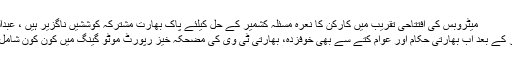
میٹروبس کی افتتاحی تقریب میں کارکن کا نعرہ مسئلہ کشمیر کے حل کیلئے پاک بھارت مشترکہ کوششیں ناگزیر ہیں ، عبدالباسط
کبوتر کے بعد اب بھارتی حکام اور عوام کُتے سے بھی خوفزدہ، بھارتی ٹی وی کی مضحکہ خیز رپورٹ موٹو گینگ میں کون کون شامل ہے؟